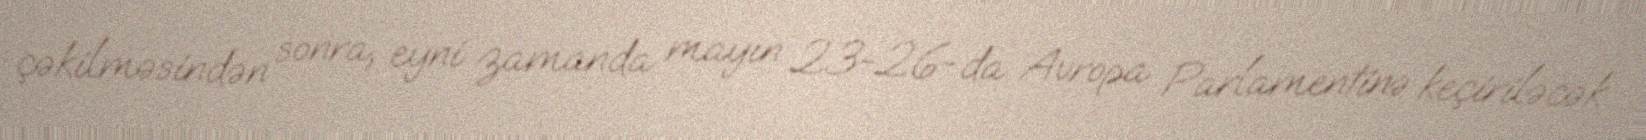
çəkilməsindən sonra, eyni zamanda mayın 23-26-da Avropa Parlamentinə keçiriləcək